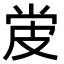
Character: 𬐓